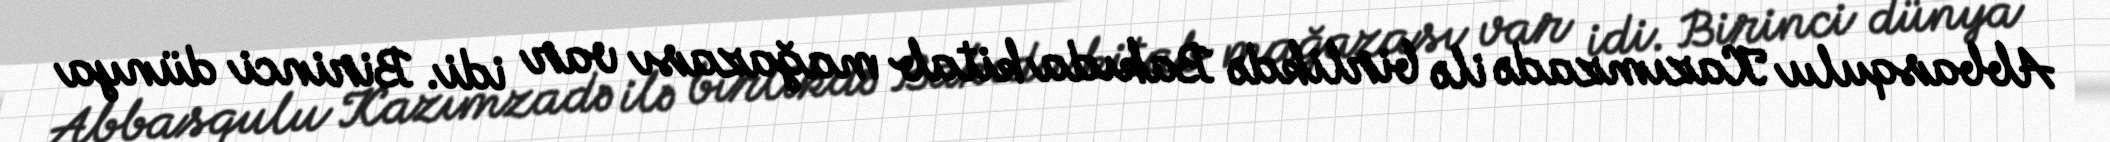
Abbasqulu Kazımzadə ilə birlikdə Bakıda kitab mağazası var idi. Birinci dünya